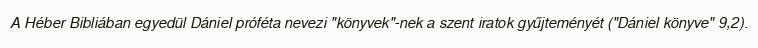
A Héber Bibliában egyedül Dániel próféta nevezi "könyvek"-nek a szent iratok gyűjteményét ("Dániel könyve" 9,2).